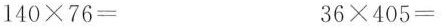
$$140\times76=$$ $$36\times 405=$$